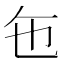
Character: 㐌